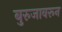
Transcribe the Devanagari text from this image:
बुरुजावरून